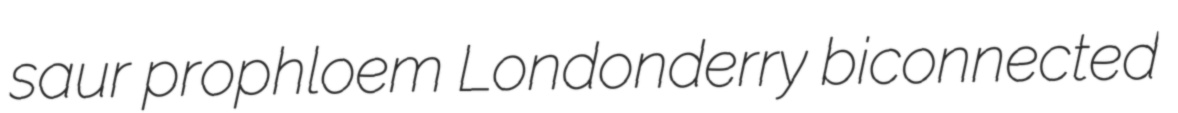
saur prophloem Londonderry biconnected